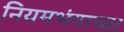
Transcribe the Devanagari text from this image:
नियमभंगाच्या